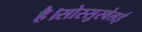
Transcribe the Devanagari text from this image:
है।सोस्सुस्वेलई